Annual report of the Punjab Veterinary College and of the Civil Veterinary Department, Punjab - 1926-1932
Year: 1926
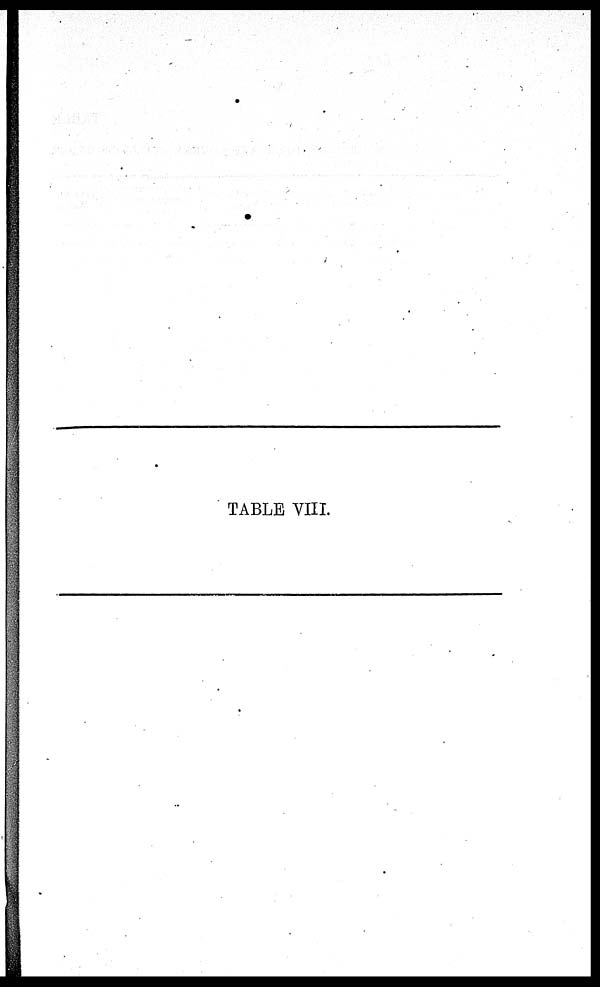
TABLE VIII.